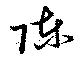
陳